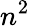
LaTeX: n^{2}